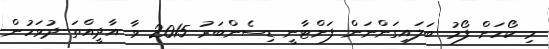
މި ކޯހަށް ފޯމު ބަލައިގަންނަން ފަށްޓާނީ ޑިސެންބަރު 2015 ވާ އާދީއްތަ ދުވަހުން